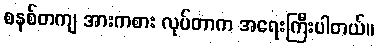
စနစ်တကျ အားကစား လုပ်တာက အရေးကြီးပါတယ်။